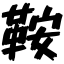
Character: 鞍